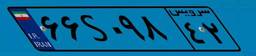
۶۶S۰۹۸۴۲